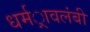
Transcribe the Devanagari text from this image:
धर्मर्ावलंबी